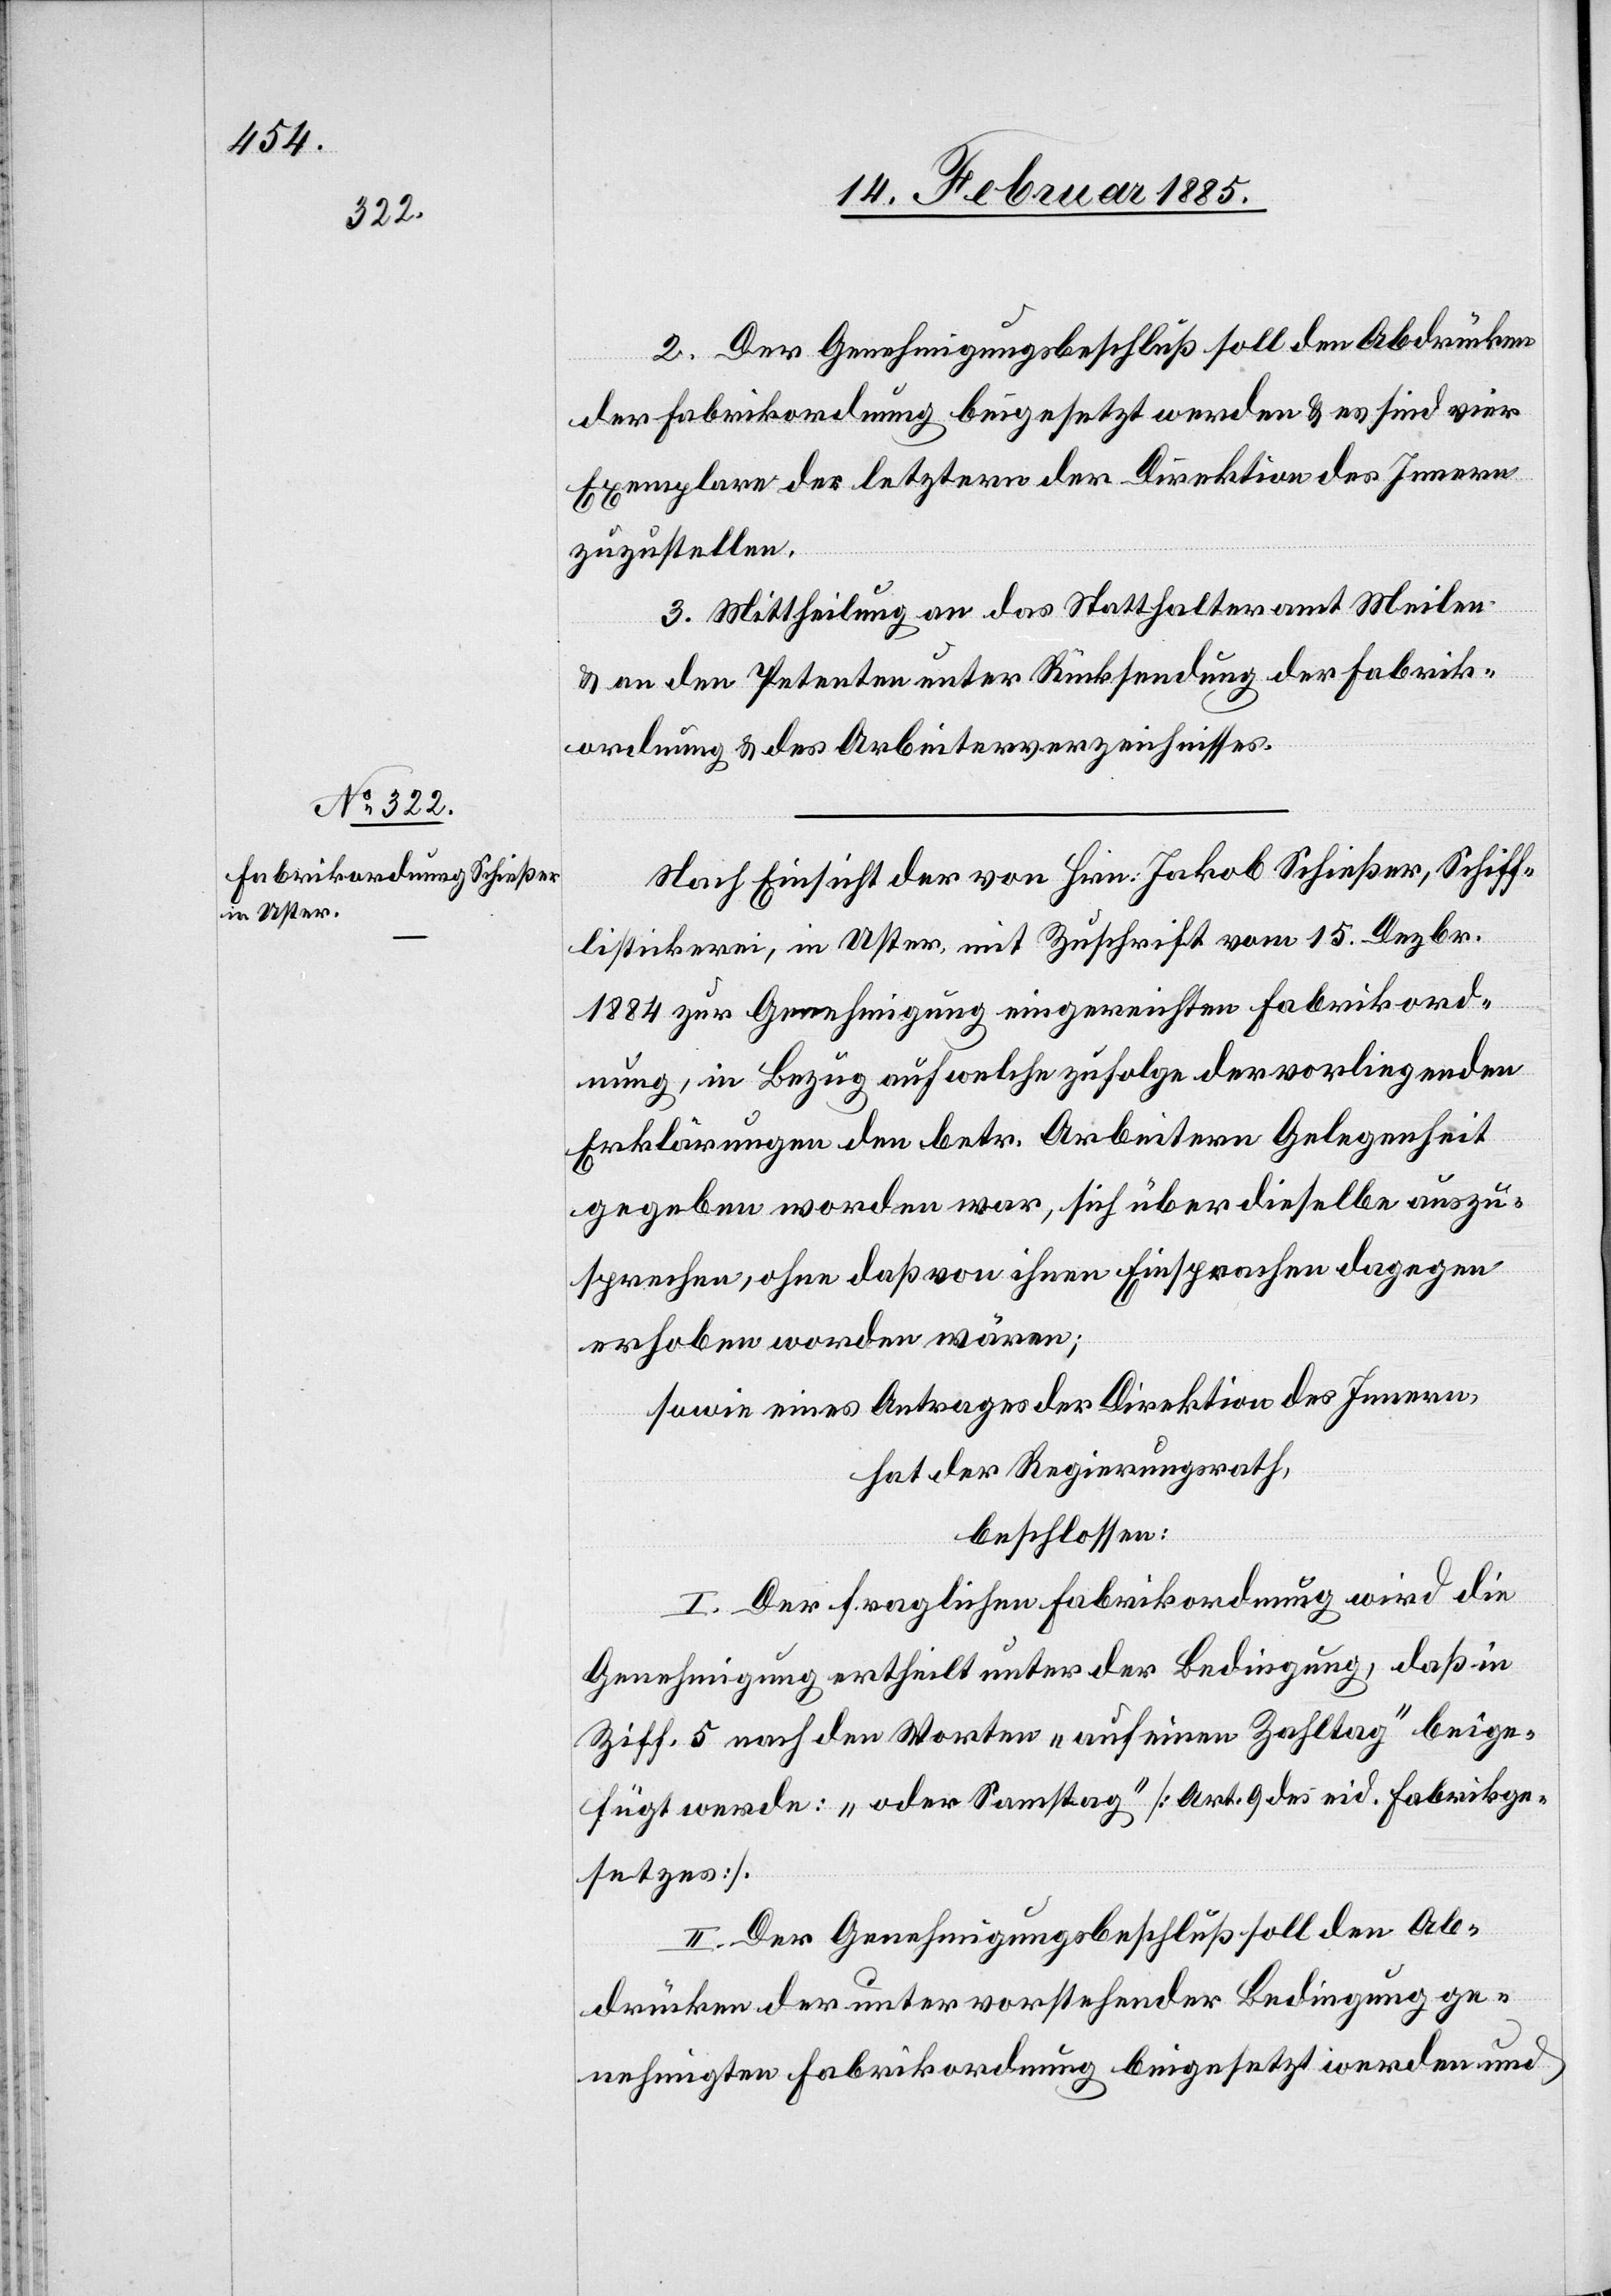
2. Der Genehmigungsbeschluß soll den Abdrücken
der Fabrikordnung beigesetzt werden & es sind vier
Exemplare der letztern der Direktion des Innern
zuzustellen.
3. Mittheilung an das Statthalteramt Meilen
& an den Petenten unter Rücksendung der Fabrik¬
ordnung & des Arbeitsverzeichnisses.
Nach Einsicht der von Hrn. Jakob Schießer, Schiff¬
listickerei, in Uster, mit Zuschrift vom 15. Dezbr.
1884 zur Genehmigung eingereichten Fabrikord¬
nung, in Bezug auf welche zufolge der vorliegenden
Erklärungen den betr. Arbeitern Gelegenheit
gegeben worden war, sich über dieselbe auszu¬
sprechen, ohne daß von ihnen Einsprachen dagegen
erhoben worden wären;
sowie eines Antrages der Direktion des Innern,
hat der Regierungsrath,
beschlossen:
I. Der fraglichen Fabrikordnung wird die
Genehmigung ertheilt unter der Bedingung, daß in
Ziff. 5 nach den Worten „auf einen Zahltag“ beige¬
fügt werde: „oder Samstag“ [Art. 9 des eid. Fabrikge¬
setzes].
II. Der Genehmigungsbeschluß soll den Ab¬
drücken der unter vorstehender Bedingung ge¬
nehmigten Fabrikordnung beigesetzt werden und